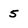
Character: 5